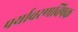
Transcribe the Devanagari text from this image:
पर्यावरणविषक